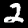
Label: 2